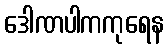
ဒေါဏပါကကုရေန